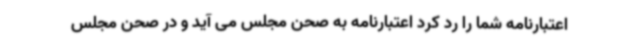
اعتبارنامه شما را رد کرد اعتبارنامه به صحن مجلس می آید و در صحن مجلس